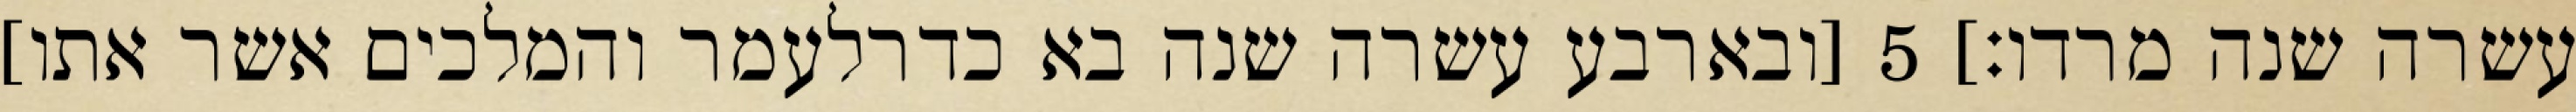
עשרה שנה מרדו׃] ‎5‏ [ובארבע עשרה שנה בא כדרלעמר והמלכים אשר אתו]